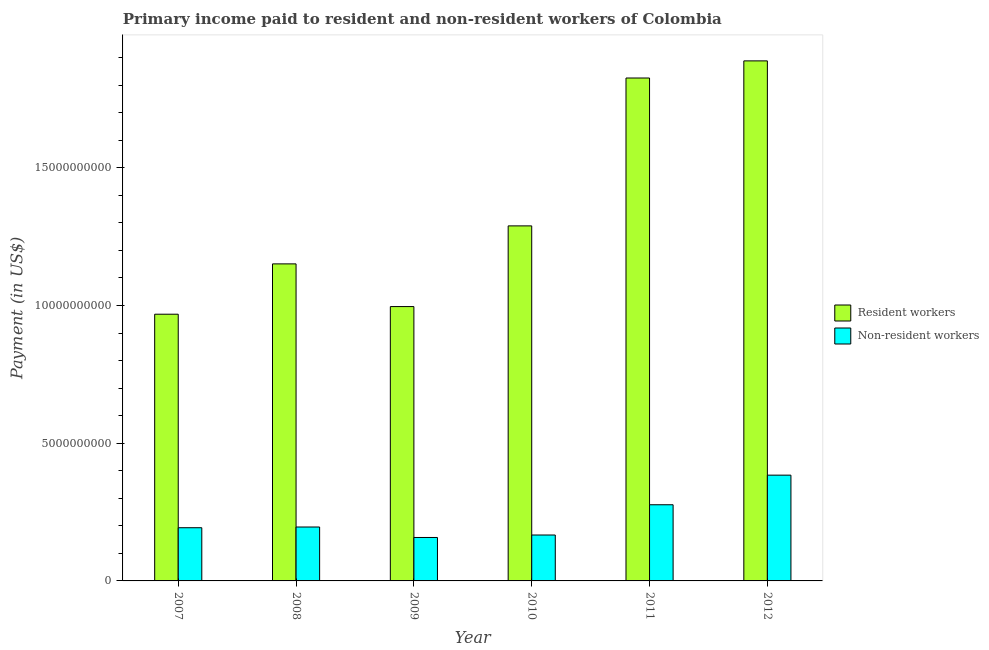
| Year | Resident workers | Non-resident workers |
 | --- | --- | --- |
 | 2007 | 9.68e+09 | 1.93e+09 |
 | 2008 | 1.15e+10 | 1.96e+09 |
 | 2009 | 9.96e+09 | 1.58e+09 |
 | 2010 | 1.29e+10 | 1.67e+09 |
 | 2011 | 1.83e+10 | 2.77e+09 |
 | 2012 | 1.89e+10 | 3.84e+09 |